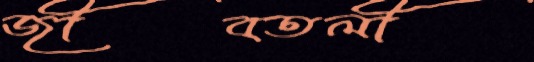
জীবতলী